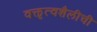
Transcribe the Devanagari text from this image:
वक्तृत्वशैलीची